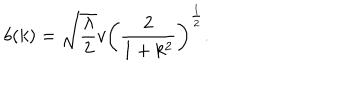
LaTeX: b ( k ) = \sqrt { \frac { \lambda } { 2 } } v \left( \frac { 2 } { 1 + k ^ { 2 } } \right) ^ { \frac { 1 } { 2 } } .